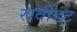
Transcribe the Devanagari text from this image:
रावीडट